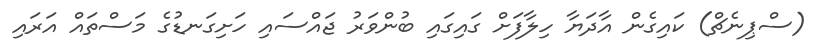
(ސްޕިނެޗް) ކައިގެން އާދަޔާ ހިލާފަށް ގައިގައި ބުންވަރު ޖައްސައި ހަށިގަނޑުގެ މަސްތައް އަރައި